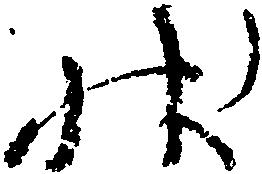
状